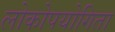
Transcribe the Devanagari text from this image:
लोकोपयोगिता